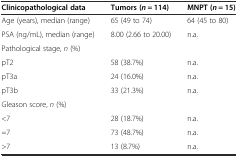
<table><thead><tr><td><b>Clinicopathological data</b></td><td><b>Tumors (<i>n</i> = 114)</b></td><td><b>MNPT (<i>n</i> = 15)</b></td></tr></thead><tbody><tr><td>Age (years), median (range)</td><td>65 (49 to 74)</td><td>64 (45 to 80)</td></tr><tr><td>PSA (ng/mL), median (range)</td><td>8.00 (2.66 to 20.00)</td><td>n.a.</td></tr><tr><td colspan="3">Pathological stage, <i>n</i> (%)</td></tr><tr><td>pT2</td><td>58 (38.7%)</td><td>n.a.</td></tr><tr><td>pT3a</td><td>24 (16.0%)</td><td>n.a.</td></tr><tr><td>pT3b</td><td>33 (21.3%)</td><td>n.a.</td></tr><tr><td colspan="3">Gleason score, <i>n</i> (%)</td></tr><tr><td>&lt;7</td><td>28 (18.7%)</td><td>n.a.</td></tr><tr><td>=7</td><td>73 (48.7%)</td><td>n.a.</td></tr><tr><td>&gt;7</td><td>13 (8.7%)</td><td>n.a.</td></tr></tbody></table>